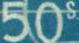
50s.